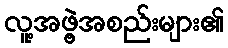
လူ့အဖွဲ့အစည်းများ၏